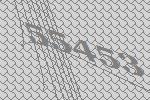
55453